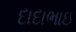
દાદાભાઇ